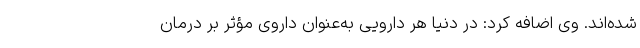
شده‌اند. وی اضافه کرد: در دنیا هر دارویی به‌عنوان داروی مؤثر بر درمان